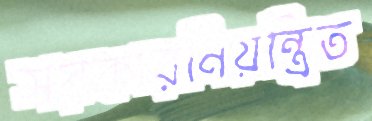
সরকারনিয়ন্ত্রিত